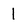
Character: 1